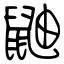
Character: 鼬